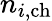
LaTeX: n_{i,\mathrm{ch}}